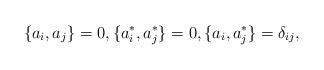
LaTeX: \begin{align*}\{ a_i ,a_j \}=0, \{ a^\ast_i ,a^\ast_j \}=0, \{ a_i ,a^\ast_j\}=\delta_{ij},\end{align*}